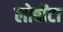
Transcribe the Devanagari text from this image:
लोबोंटा